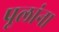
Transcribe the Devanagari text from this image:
पूलांना